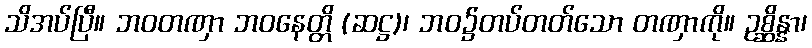
သိအပ်ပြီ။ ဘဝတဏှာ ဘဝနေတ္တိ (ဆဋ္ဌ)၊ ဘဝ၌တပ်တတ်သော တဏှာကို။ ဥစ္ဆိန္နာ၊